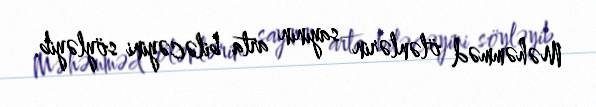
Məhəmməd ölənlərin sayının arta biləcəyini söyləyib.